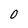
Character: O